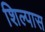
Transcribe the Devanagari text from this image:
शिल्पास